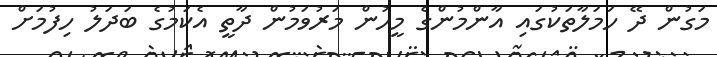
މަގުން ދޭ ހަމަލާތަކުގައި އާންމުންގެ މީހުން މަރުވަމުން ދާތީ އެކަމުގެ ބަދަލު ހިފުމަށް